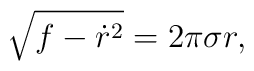
\sqrt{f - {\dot r^{2}}} = 2\pi \sigma r,